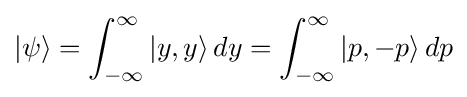
|\psi \rangle =\int _{-\infty }^{\infty }|y,y\rangle \,dy=\int _{-\infty }^{\infty }|p,-p\rangle \,dp